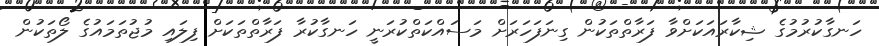
ހަނގާކުރުމުގެ ޝިކާރައަކަށްވާ ފަރާތްތަކުން ގިނަފަހަރަށް މަސައްކަތްކުރަނީ ހަނގާކުރާ ފަރާތްތަކަށް ފިލައި މުޖުތަމައުގެ ލޯތަކުން